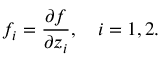
f _ { i } = { \frac { \partial f } { \partial z _ { i } } } , \quad i = 1 , 2 .